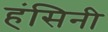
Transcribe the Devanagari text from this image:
हंसिनी